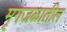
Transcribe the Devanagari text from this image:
मृगजळातील